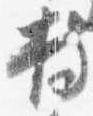
持